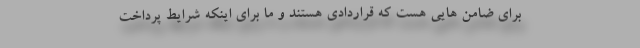
برای ضامن هایی هست که قراردادی هستند و ما برای اینکه شرایط پرداخت